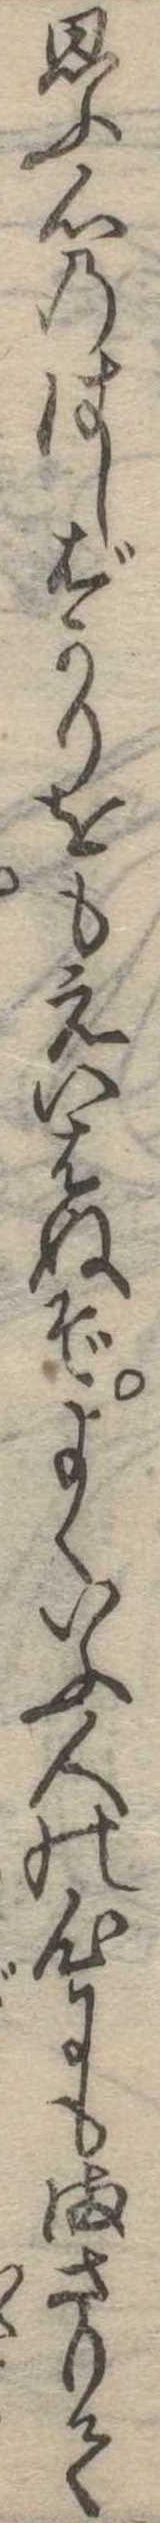
思ふ心のはしばかりをもえいはぬぞよくいふ人の心にもまさりて